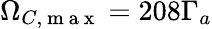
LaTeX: \Omega_{C,\mathrm{~m~a~x~}}=208\Gamma_{a}